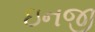
ઇનજી